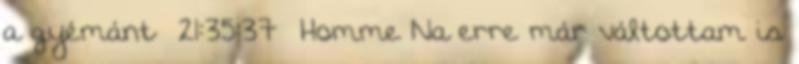
a gyémánt 21:35:37 Homme Na erre már váltottam is